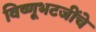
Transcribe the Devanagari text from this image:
विष्णूभटजींचे